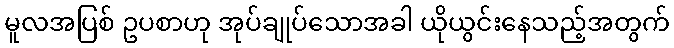
မူလအပြစ် ဥပစာဟု အုပ်ချုပ်သောအခါ ယိုယွင်းနေသည့်အတွက်